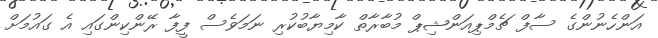
އަންހެނުންގެ ސާފް ޗެމްޕިއަންޝިޕް މުބާރާތް ކާމިޔާބުކުރި ނަމަވެސް ފީފާ ރޭންކިންގައި އެ ގައުމަށް